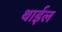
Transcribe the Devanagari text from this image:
थाईल